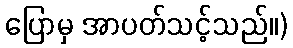
ပြောမှ အာပတ်သင့်သည်။)